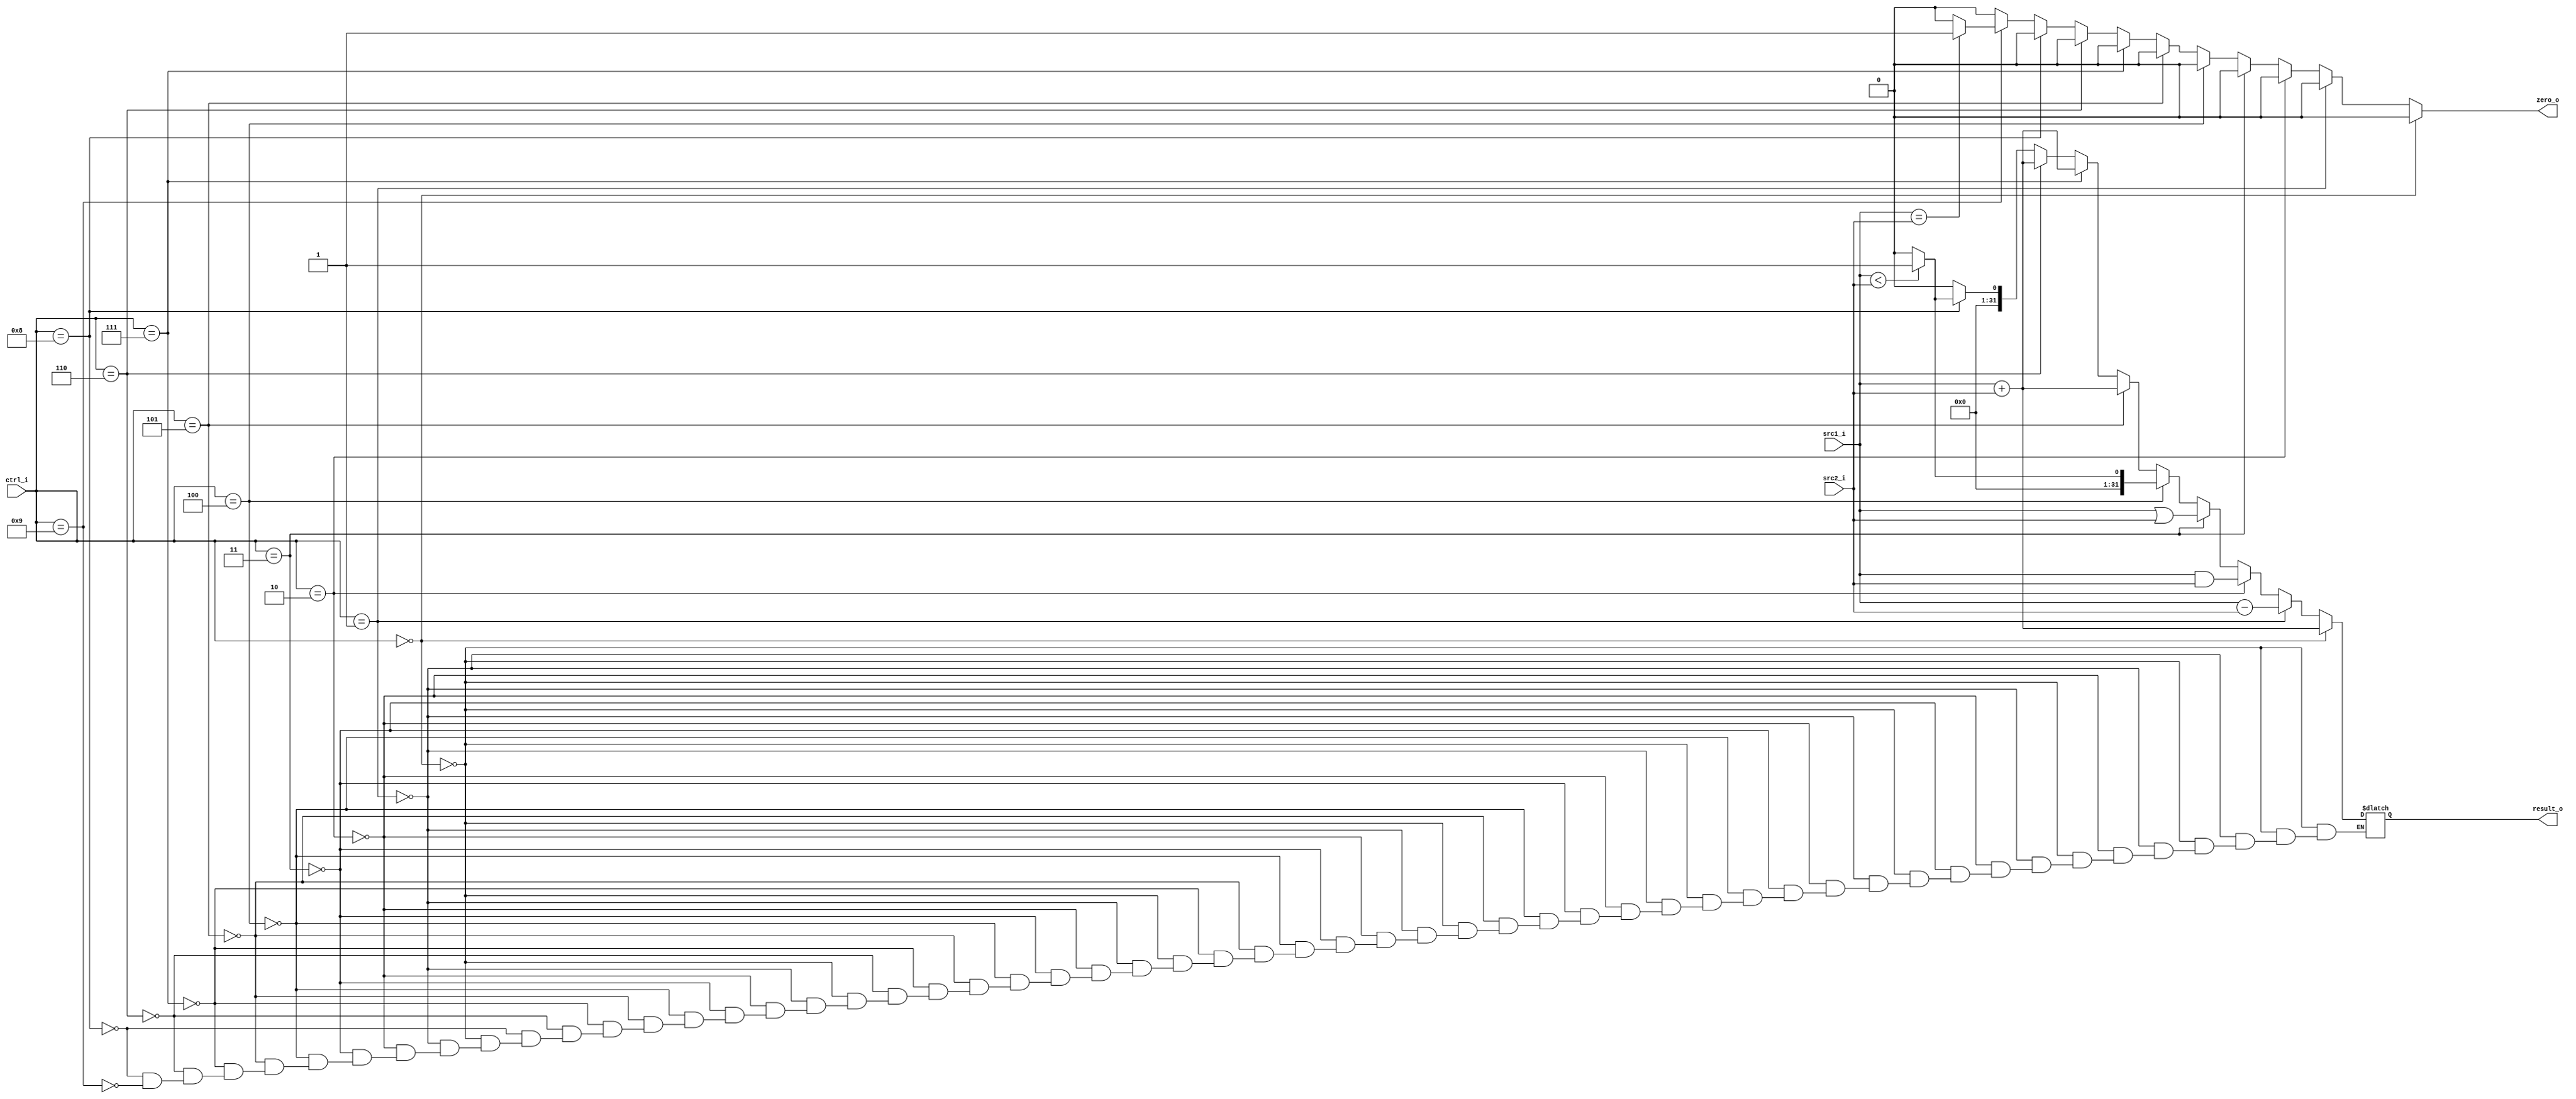
//Subject:     Architecture project 2 - ALU
//--------------------------------------------------------------------------------
//Version:     1
//--------------------------------------------------------------------------------
//Writer:      
//----------------------------------------------
//Date:        
//----------------------------------------------
//Description: 
//--------------------------------------------------------------------------------

module ALU(
    src1_i,
	src2_i,
	ctrl_i,
	result_o,
	zero_o
	);
     
//I/O ports
input  [32-1:0]  src1_i;
input  [32-1:0]	 src2_i;
input  [4-1:0]   ctrl_i;

output [32-1:0]	 result_o;
output           zero_o;

//Internal signals
reg    [32-1:0]  result_o;
reg              zero_o;//zero flag is 1 if beq is true, otherwise 0

//Parameter
parameter ADD  = 4'b0000;
parameter SUB  = 4'b0001;
parameter AND  = 4'b0010;
parameter OR   = 4'b0011;
parameter SLT  = 4'b0100;
parameter ADDI = 4'b0101;
parameter LW   = 4'b0110;
parameter SW   = 4'b0111;
parameter SLTI = 4'b1000;
parameter BEQ  = 4'b1001;

//Main function
always@* begin
	//$display("src1:%d src2:%d", src1_i, src2_i);
	zero_o = 0;
	if(ctrl_i == ADD) begin
		result_o = src1_i + src2_i;
	end else if(ctrl_i == SUB) begin
		result_o = src1_i - src2_i;
	end else if(ctrl_i == AND) begin
		result_o = src1_i & src2_i;
	end else if(ctrl_i == OR) begin
		result_o = src1_i | src2_i;
	end else if(ctrl_i == SLT) begin
		if(src1_i < src2_i) begin
			result_o = 1;
		end else begin
			result_o = 0;
		end
	end else if(ctrl_i == ADDI) begin
		result_o = src1_i + src2_i;
	end else if(ctrl_i == SW) begin
		result_o = src1_i + src2_i;
	end else if(ctrl_i == LW) begin
		result_o = src1_i + src2_i;
	end else if(ctrl_i == SLTI) begin
		if(src1_i < src2_i) begin
			result_o = 1;
		end else begin
			result_o = 0;
		end
	end else if(ctrl_i == BEQ) begin
		result_o = 0;
		
		if(src1_i == src2_i) begin
			zero_o = 1;
		end else begin
			zero_o = 0;
		end
	end
end

endmodule